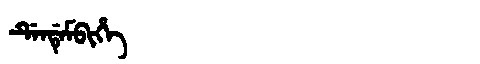
Manchu: ᡩᡝᠨᡩᡝᠮᠪᡳᡥᡝ
Romanization: DENDEMBIHE